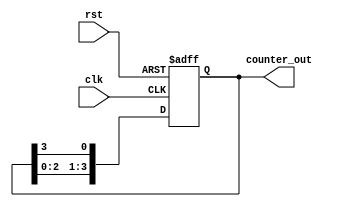
module ring_counter #(
    parameter N = 4  // Number of bits (flip-flops) in the ring counter
)(
    input clk,        // Clock input
    input rst,        // Asynchronous reset input
    output reg [N-1:0] counter_out  // Output of the ring counter
);

// Initialize the counter
always @(posedge clk or posedge rst) begin
    if (rst) begin
        // On reset, initialize the counter
        counter_out <= 1'b1; // Set the first flip-flop to '1'
    end else begin
        // Shift the '1' around the ring
        counter_out <= {counter_out[N-2:0], counter_out[N-1]}; // Shift left and feedback last bit
    end
end

endmodule